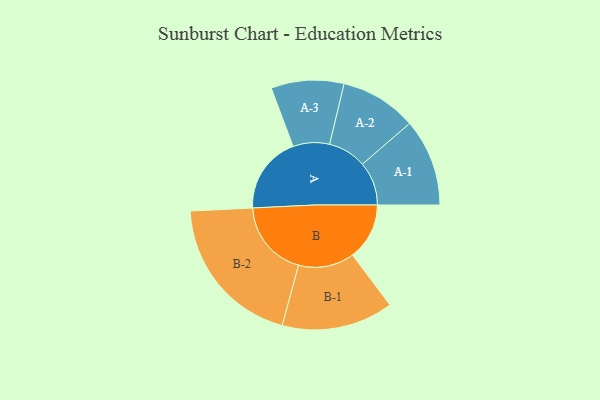
{"axis": {"x": "Segment", "y": "Value"}, "legend": ["", "A", "B"], "data": [{"x": "A", "y": 287, "type": ""}, {"x": "B", "y": 211, "type": ""}, {"x": "A-1", "y": 162, "type": "A"}, {"x": "A-2", "y": 142, "type": "A"}, {"x": "A-3", "y": 135, "type": "A"}, {"x": "B-1", "y": 207, "type": "B"}, {"x": "B-2", "y": 286, "type": "B"}]}